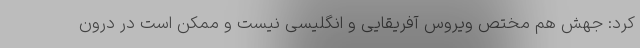
کرد: جهش هم مختص ویروس آفریقایی و انگلیسی نیست و ممکن است در درون